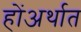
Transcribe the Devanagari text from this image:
होंअर्थात